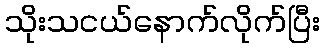
သိုးသငယ်နောက်လိုက်ပြီး